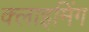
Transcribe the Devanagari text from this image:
क्लाइमिंग